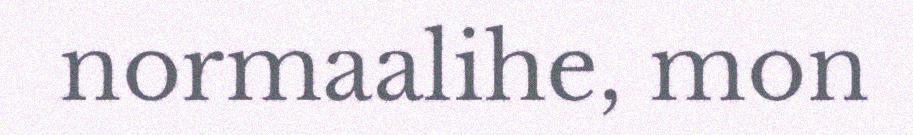
normaalihe, mon